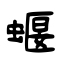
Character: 蝘